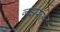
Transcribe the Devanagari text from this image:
नझरूल